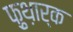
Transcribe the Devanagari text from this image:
फ़ुथ़ार्क